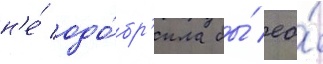
н'е́ одо́бр'ила бы́ ео́